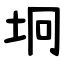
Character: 坰